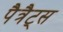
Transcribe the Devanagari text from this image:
पैत्रैट्स